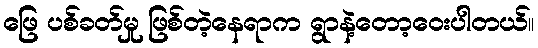
ဖြေ ပစ်ခတ်မှု ဖြစ်တဲ့နေရာက ရွာနဲ့တော့ဝေးပါတယ်။